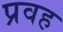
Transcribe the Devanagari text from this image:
प्रवह